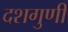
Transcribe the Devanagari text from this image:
दशगुणी